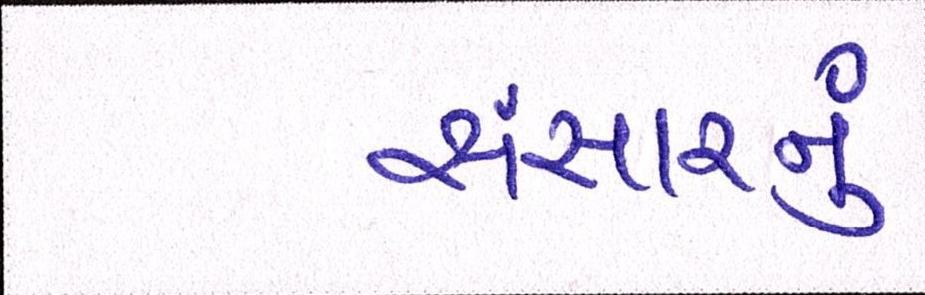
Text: સંસારનું